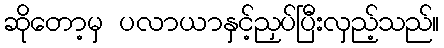
ဆိုတော့မှ ပလာယာနှင့်ညှပ်ပြီးလှည့်သည်။